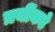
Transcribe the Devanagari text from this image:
त्रयींकडे